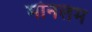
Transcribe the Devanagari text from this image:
मोनलम